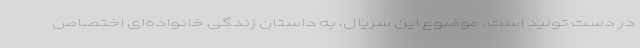
در دست تولید است. موضوع این سریال، به داستان زندگی خانواده‌ای اختصاص